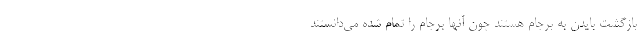
بازگشت بایدن به برجام هستند چون آنها برجام را تمام شده می‌دانستند